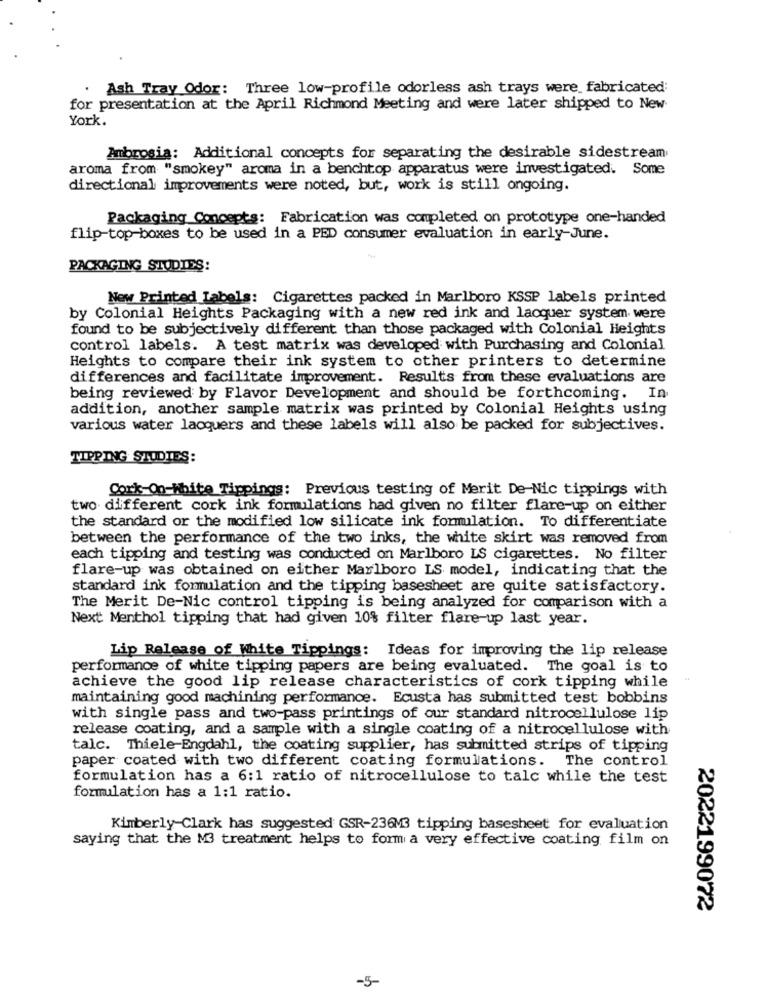
Ash Tray Odor: Three low-profile odorless ash trays were fabricated:
for presentation at the April Richmond Meeting and were later shipped to New
York.
Ambrosia: Additional concepts for separating the desirable sidestream
aroma from "smokey" aroma in a benchtop apparatus were investigated. Some
directional improvements were noted, but, work is still ongoing.
Packaging Concepts: Fabrication was completed on prototype one-handed
flip-top-boxes to be used in a PED consumer evaluation in early-June.
PACKAGING STUDIES:
New Printed Labels: Cigarettes packed in Marlboro KSSP labels printed
by Colonial Heights Packaging with a new red ink and lacquer system were
found to be subjectively different than those packaged with Colonial Heights
control labels. A test matrix was developed with Purchasing and Colonial
Heights to compare their ink system to other printers to determine
differences and facilitate improvement. Results from these evaluations are
being reviewed by Flavor Development and should be forthcoming. In
addition, another sample matrix was printed by Colonial Heights using
various water lacquers and these labels will also be packed for subjectives.
TIPPING STUDIES:
Cork-On-White Tippings: Previous testing of Merit De-Nic tippings with
two different cork ink formulations had given no filter flare-up on either
the standard or the modified low silicate ink formulation. To differentiate
between the performance of the two inks, the white skirt was removed from
each tipping and testing was conducted on Marlboro LS cigarettes. No filter
flare-up was obtained on either Marlboro LS model, indicating that the
standard ink formulation and the tipping basesheet are quite satisfactory.
The Merit De-Nic control tipping is being analyzed for comparison with a
Next Menthol tipping that had given 10% filter flare-up last year.
Lip Release of White Tippings: Ideas for improving the lip release
performance of white tipping papers are being evaluated. The goal is to
achieve the good lip release characteristics of cork tipping while
maintaining good machining performance. Ecusta has submitted test bobbins
with single pass and two-pass printings of our standard nitrocellulose lip
release coating, and a sample with a single coating of a nitrocellulose with
talc. Thiele-Engdahl, the coating supplier, has submitted strips of tipping
paper coated with two different coating formulations. The control
formulation has a 6:1 ratio of nitrocellulose to talc while the test
formulation has a 1:1 ratio.
Kimberly-Clark has suggested GSR-236M3 tipping basesheet for evaluation
saying that the M3 treatment helps to form a very effective coating film on
2022199072
-5-